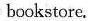
bookstore.